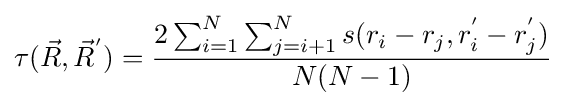
\tau ({\vec {R}},{\vec {R}}^{'})={2\sum _{i=1}^{N}\sum _{j=i+1}^{N}s(r_{i}-r_{j},r_{i}^{'}-r_{j}^{'}) \over N(N-1)}